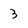
Character: 3